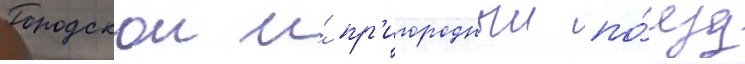
Городскои и́ пр'игородныи по́езд